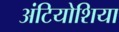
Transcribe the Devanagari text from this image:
अंटियोशिया